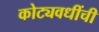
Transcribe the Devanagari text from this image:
कोट्यवधींची